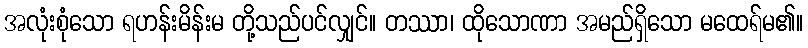
အလုံးစုံသော ရဟန်းမိန်းမ တို့သည်ပင်လျှင်။ တဿာ၊ ထိုသောဏာ အမည်ရှိသော မထေရ်မ၏။